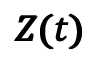
\pmb { Z ( t ) }